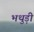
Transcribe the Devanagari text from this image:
भथुड़ी